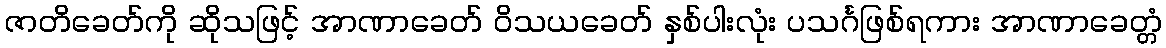
ဇာတိခေတ်ကို ဆိုသဖြင့် အာဏာခေတ် ဝိသယခေတ် နှစ်ပါးလုံး ပသင်္ဂဖြစ်ရကား အာဏာခေတ္တံ